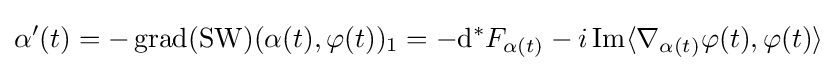
\alpha '(t)=-\operatorname {grad} (\operatorname {SW} )(\alpha (t),\varphi (t))_{1}=-\mathrm {d} ^{*}F_{\alpha (t)}-i\operatorname {Im} \langle \nabla _{\alpha (t)}\varphi (t),\varphi (t)\rangle